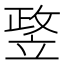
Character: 𥪛